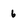
Character: 6